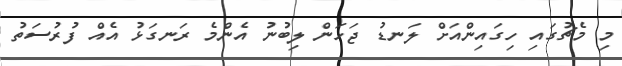
މި މެޗުގައި ހިގައިންއަށް ލަނޑު ޖަހަން ލިބުނު އެންމެ ރަނގަޅު އެއް ފުރުސަތު